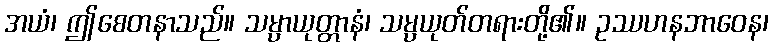
အယံ၊ ဤစေတနာသည်။ သမ္ပာယုတ္တာနံ၊ သမ္ပယုတ်တရားတို့၏။ ဥဿဟနဘာဝေန၊